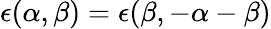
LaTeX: \epsilon(\alpha,\beta)=\epsilon(\beta,-\alpha-\beta)